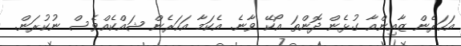
އަހަރެން ޒާއިންއާ ގުޅެން ދޮންތަ އޯކޭ ވާނެ. އެކަމާ އަހަރެން ޝައްކެއްވެސް ނުކުރަން.